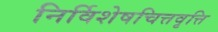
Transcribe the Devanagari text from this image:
निर्विशेषचित्तवृत्ति